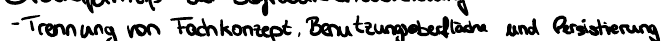
- Trennung von Fachkonzept, Benutzeroberfläche und Persistierung